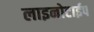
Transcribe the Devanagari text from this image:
लाइनोटाईप